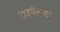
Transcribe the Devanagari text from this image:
कार्पेताना